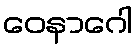
ဝေနာဂေါ